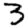
Digit: 3